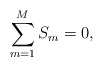
\begin{align*}\sum_{m=1}^M S_m=0,\end{align*}